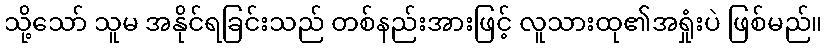
သို့သော် သူမ အနိုင်ရခြင်းသည် တစ်နည်းအားဖြင့် လူသားထု၏အရှုံးပဲ ဖြစ်မည်။